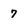
Character: 7